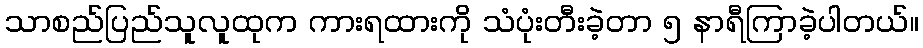
သာစည်ပြည်သူလူထုက ကားရထားကို သံပုံးတီးခဲ့တာ ၅ နာရီကြာခဲ့ပါတယ်။